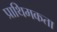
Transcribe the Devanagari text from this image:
प्राथिमकता